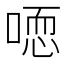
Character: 𰈒